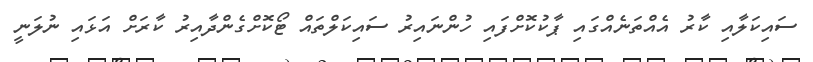
ސައިކަލާއި ކާރު އެއްތަނެއްގައި ޕާކުކޮށްފައި ހުންނައިރު ސައިކަލްތައް ޓޯކޮށްގެންދާއިރު ކާރަށް އަޅައި ނުލަނީ